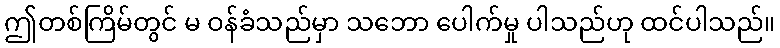
ဤတစ်ကြိမ်တွင် မ ဝန်ခံသည်မှာ သဘော ပေါက်မှု ပါသည်ဟု ထင်ပါသည်။